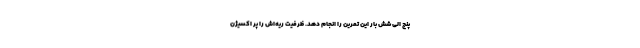
پنج الی شش بار این تمرین را انجام دهد. ظرفیت ریه‌اش را پُر اکسیژن